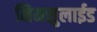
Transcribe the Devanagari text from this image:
निमसुलाईड